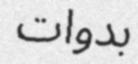
بدوات